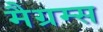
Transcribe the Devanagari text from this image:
मैग्रम्स